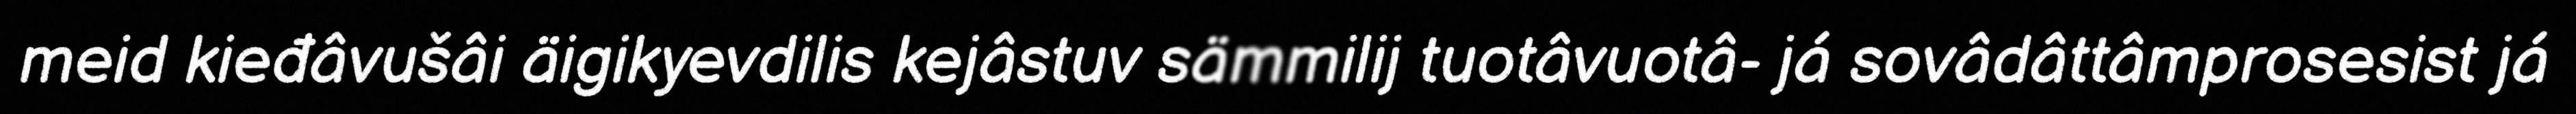
meid kieđâvušâi äigikyevdilis kejâstuv sämmilij tuotâvuotâ- já sovâdâttâmprosesist já